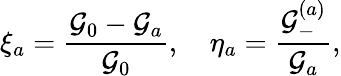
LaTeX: \xi_{a}=\frac{\mathcal{G}_{0}-\mathcal{G}_{a}}{\mathcal{G}_{0}},\quad\eta_{a}=\frac{\mathcal{G}_{-}^{(a)}}{\mathcal{G}_{a}},